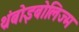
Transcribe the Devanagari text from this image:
थ्रंबोइबोलिज्म